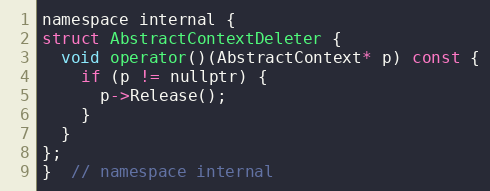
Language: C
namespace internal {
struct AbstractContextDeleter {
  void operator()(AbstractContext* p) const {
    if (p != nullptr) {
      p->Release();
    }
  }
};
}  // namespace internal